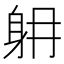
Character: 𨈜